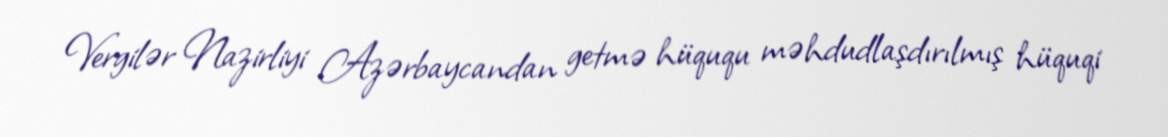
Vergilər Nazirliyi Azərbaycandan getmə hüququ məhdudlaşdırılmış hüquqi